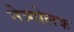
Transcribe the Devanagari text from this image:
नेत्र्गोलक